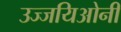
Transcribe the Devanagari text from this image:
उज्जयिओनी